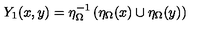
Y _ { 1 } ( x , y ) = \eta _ { \Omega } ^ { - 1 } \left( \eta _ { \Omega } ( x ) \cup \eta _ { \Omega } ( y ) \right)